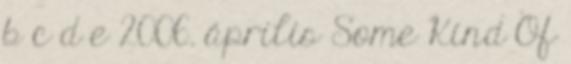
b c d e 2006. április Some Kind Of